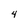
Character: 4